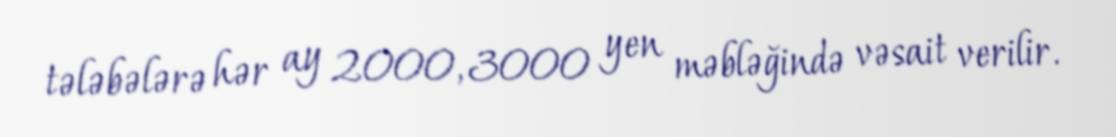
tələbələrə hər ay 2000, 3000 yen məbləğində vəsait verilir.